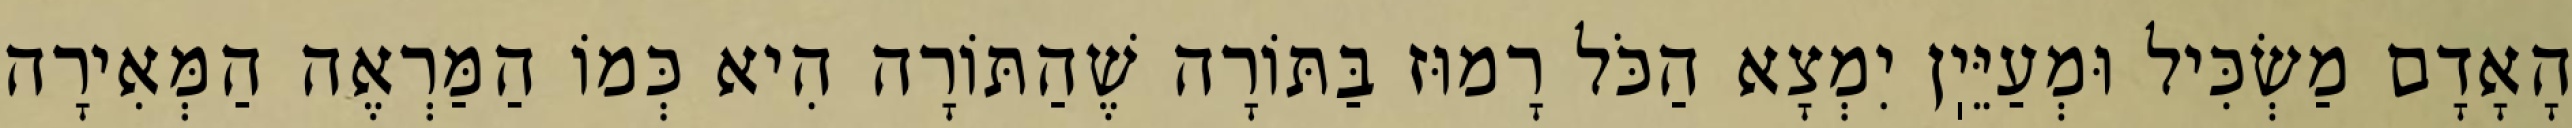
הָאָדָם מַשְׂכִּיל וּמְעַיֵּיֽן יִמְצָא הַכֹּל רָמוּז בַּתּוֹרָה שֶׁהַתּוֹרָה הִיא כְּמוֹ הַמַּרְאֶה הַמְּאִירָה